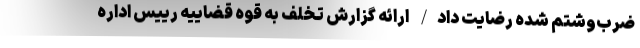
ضرب‌وشتم شده رضایت داد/ ارائه گزارش تخلف به قوه قضاییه رییس اداره